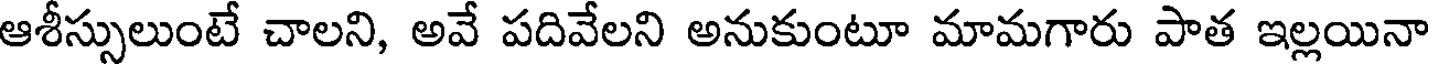
ఆశీస్సులుంటే చాలని, అవే పదివేలని అనుకుంటూ మామగారు పాత ఇల్లయినా